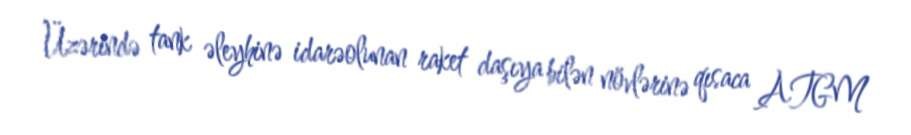
Üzərində tank əleyhinə idarəolunan raket daşıya bilən növlərinə qısaca ATGM